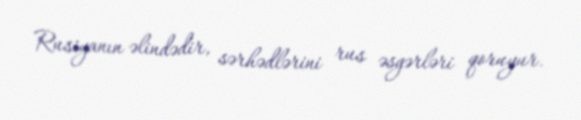
Rusiyanın əlindədir, sərhədlərini rus əsgərləri qoruyur.